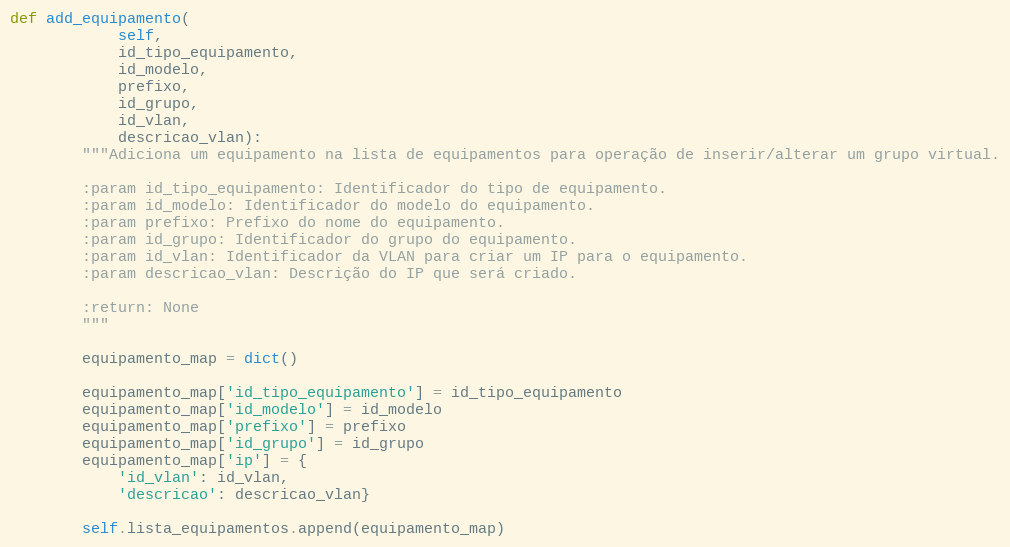
Language: Python
def add_equipamento(
            self,
            id_tipo_equipamento,
            id_modelo,
            prefixo,
            id_grupo,
            id_vlan,
            descricao_vlan):
        """Adiciona um equipamento na lista de equipamentos para operação de inserir/alterar um grupo virtual.

        :param id_tipo_equipamento: Identificador do tipo de equipamento.
        :param id_modelo: Identificador do modelo do equipamento.
        :param prefixo: Prefixo do nome do equipamento.
        :param id_grupo: Identificador do grupo do equipamento.
        :param id_vlan: Identificador da VLAN para criar um IP para o equipamento.
        :param descricao_vlan: Descrição do IP que será criado.

        :return: None
        """

        equipamento_map = dict()

        equipamento_map['id_tipo_equipamento'] = id_tipo_equipamento
        equipamento_map['id_modelo'] = id_modelo
        equipamento_map['prefixo'] = prefixo
        equipamento_map['id_grupo'] = id_grupo
        equipamento_map['ip'] = {
            'id_vlan': id_vlan,
            'descricao': descricao_vlan}

        self.lista_equipamentos.append(equipamento_map)